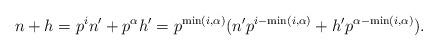
LaTeX: \begin{align*} n+h = p^i n' + p^{\alpha} h' = p^{\min(i,\alpha)} (n' p^{i- \min(i,\alpha)} +h' p^{\alpha- \min(i,\alpha)}). \end{align*}